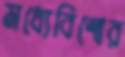
মধ্যেবিশ্বের